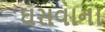
ઘસવાના